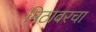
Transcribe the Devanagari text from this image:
मिठावरचा